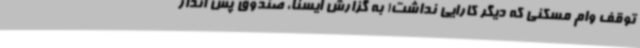
توقف وام مسکنی که دیگر کارایی نداشت! به گزارش ایسنا، صندوق پس انداز